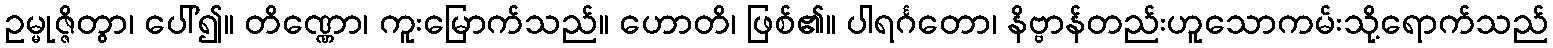
ဥမ္မုဇ္ဇိတွာ၊ ပေါ်၍။ တိဏ္ဏော၊ ကူးမြောက်သည်။ ဟောတိ၊ ဖြစ်၏။ ပါရင်္ဂတော၊ နိဗ္ဗာန်တည်းဟူသောကမ်းသို့ရောက်သည်